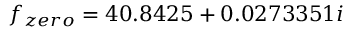
f _ { z e r o } = 4 0 . 8 4 2 5 + 0 . 0 2 7 3 3 5 1 i